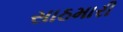
સાઠમારી